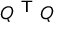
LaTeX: Q ^ { \textsf { T } } Q